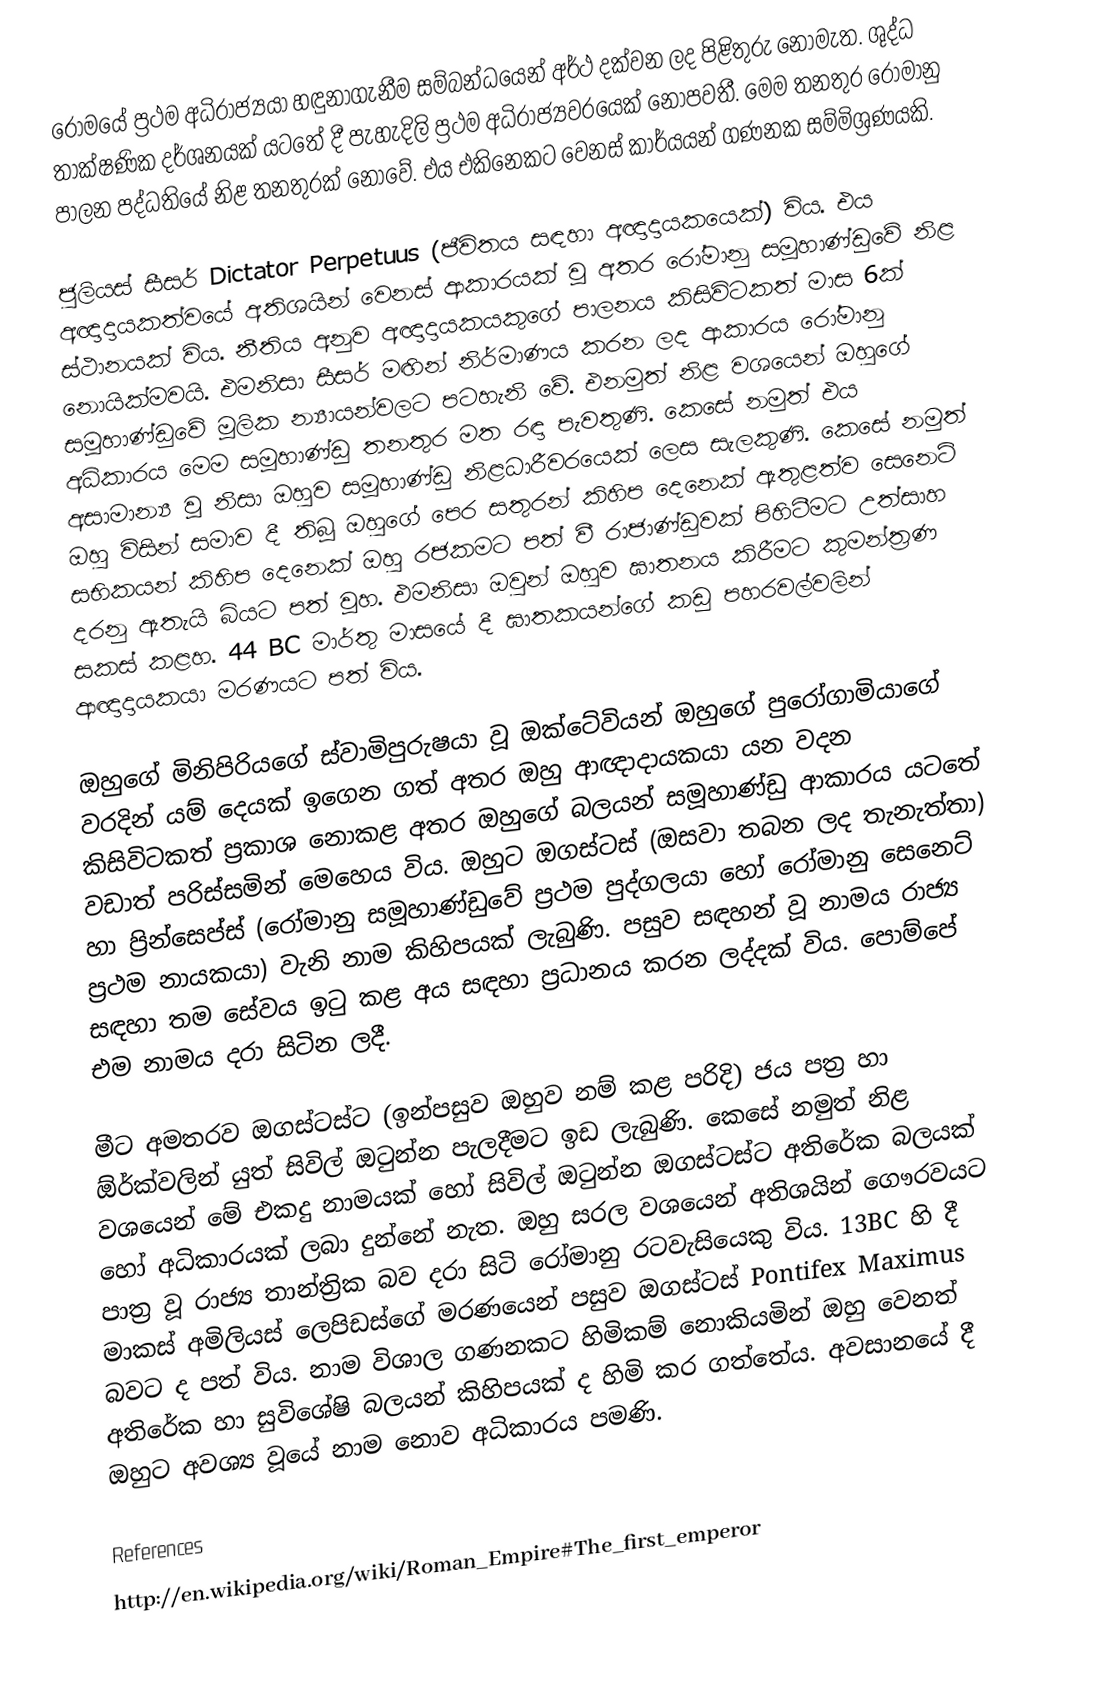
රෝමයේ ප්‍රථම අධිරාජ්‍යයා හඳුනාගැනීම සම්බන්ධයෙන් අර්ථ දක්වන ලද පිළිතුරු ‍නොමැත. ශුද්ධ තාක්ෂණික දර්ශනයක් යටතේ දී පැහැදිලි ප්‍රථම අධිරාජ්‍යවරයෙක් නොපවතී. මෙම තනතුර රෝමානු පාලන පද්ධතියේ නිළ තනතුරක් නොවේ. එය එකිනෙකට වෙනස් කාර්යයන් ගණනක සම්මිශ්‍රණයකි.

ජුලියස් සීසර් Dictator Perpetuus (ජීවිතය සඳහා අඥාදායකයෙක්) විය. එය අඥාදායකත්වයේ අතිශයින් වෙනස් ආකාරයක් වූ අතර රෝමානු සමූහාණ්ඩුවේ  නිළ ස්ථානයක් විය. නීතිය අනුව අඥාදායකයකුගේ පාලනය කිසිවිටකත් මාස 6ක් නොයික්මවයි. එමනිසා සීසර් මඟින් නිර්මාණය කරන ලද ආකාර‍ය රෝමානු සමූහාණ්ඩුවේ මූලික න්‍යායන්වලට පටහැනි වේ. එනමුත් නිළ වශයෙන් ඔහුගේ අධිකාරය මෙම සමූහාණ්ඩු තනතුර මත රඳා පැවතුණි. කෙසේ නමුත් එය අසාමාන්‍ය වූ නිසා ඔහුව සමූහාණ්ඩු නිළධාරීවරයෙක් ලෙස සැලකුණි. කෙසේ නමුත් ඔහු විසින් සමාව දී තිබූ ඔහුගේ පෙර සතුරන් කිහිප දෙනෙක් ඇතුළත්ව සෙනෙට් සභිකයන් කිහිප දෙනෙක් ඔහු රජකමට පත් වී රාජාණ්ඩුවක් පිහිටීමට උත්සාහ දරනු ඇතැයි බියට පත් වූහ. එමනිසා ඔවුන් ඔහුව ඝාතනය කිරීමට කුමන්ත්‍රණ සකස් කළහ. 44 BC මාර්තු මාසයේ දී ඝාතකයන්ගේ කඩු පහරවල්වලින් ආඥාදායකයා මරණයට පත් විය.

ඔහුගේ මිනිපිරියගේ ස්වාමිපුරුෂයා වූ ඔක්ටේවියන් ඔහුගේ පුරෝගාමියාගේ වරදින් යම් දෙයක් ඉගෙන ගත් අතර ඔහු ආඥාදායකයා යන වදන කිසිවිටකත් ප්‍රකාශ නොකළ අතර ඔහුගේ බලයන් සමූහාණ්ඩු ආකාරය යටතේ වඩාත් පරිස්සමින් මෙහෙය විය. ඔහුට ඔගස්ටස් (ඔසවා තබන ලද තැනැත්තා) හා ප්‍රින්සෙප්ස් (රෝමානු සමූහාණ්ඩුවේ ප්‍රථම පුද්ගලයා හෝ රෝමානු සෙනෙට් ප්‍රථම නායකයා) වැනි නාම කිහිපයක් ලැබුණි. පසුව සඳහන් වූ නාමය රාජ්‍ය සඳහා තම සේවය ඉටු කළ අය සඳහා ප්‍රධ‍ානය කරන ලද්දක් විය. පොම්පේ එම නාමය දරා සිටින ලදී.

මීට අමතරව ඔගස්ටස්ට (ඉන්පසුව ඔහුව නම් කළ පරිදි) ජය පත්‍ර හා ඕර්ක්වලින් යුත් සිවිල් ඔටුන්න පැලදීමට ඉඩ ලැබුණි. කෙසේ නමුත් නිළ වශයෙන් මේ එකදු නාමයක් හෝ සිවිල් ඔටුන්න ඔගස්ටස්ට අතිරේක බලයක් හෝ අධිකාරයක් ලබා දුන්නේ නැත. ඔහු සරල වශයෙන් අතිශයින් ගෞරවයට පාත්‍ර වූ රාජ්‍ය තාන්ත්‍රික බව දරා සිටි රෝමානු රටවැසියෙකු විය.  13BC හි දී මාකස් අමිලියස් ලෙපිඩස්ගේ මරණයෙන් පසුව ඔගස්ටස් Pontifex Maximus බවට ද පත් විය. නාම විශාල ගණනකට හිමිකම් නොකියමින් ඔහු වෙනත් අතිරේක හා සුවිශේෂි බලයන් කිහිපයක් ද හිමි කර ගත්තේය. අවසානයේ දී ඔහුට අවශ්‍ය වූයේ නාම නොව අධිකාරය පමණි.

References
http://en.wikipedia.org/wiki/Roman_Empire#The_first_emperor